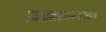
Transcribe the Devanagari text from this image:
मघवल्लालाममञ्जुप्रभ